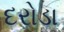
દરોડા